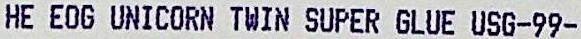
HE EOG UNICORN TWIN SUPER GLUE USG-99-